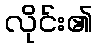
လိုင်း၏